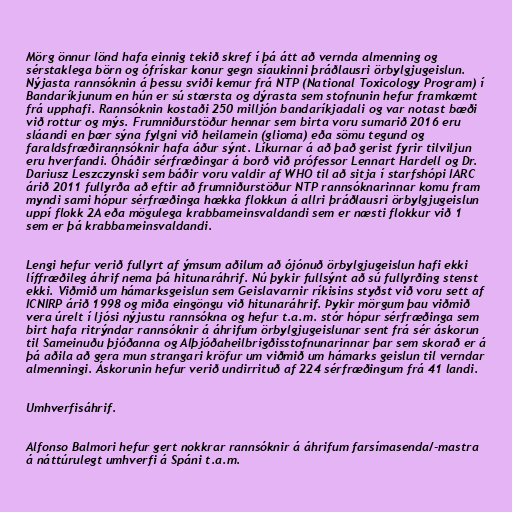
Mörg önnur lönd hafa einnig tekið skref í þá átt að vernda almenning og
sérstaklega börn og ófrískar konur gegn síaukinni þráðlausri örbylgjugeislun.
Nýjasta rannsóknin á þessu sviði kemur frá NTP (National Toxicology Program) í
Bandaríkjunum en hún er sú stærsta og dýrasta sem stofnunin hefur framkæmt
frá upphafi. Rannsóknin kostaði 250 milljón bandaríkjadali og var notast bæði
við rottur og mýs. Frumniðurstöður hennar sem birta voru sumarið 2016 eru
sláandi en þær sýna fylgni við heilamein (glioma) eða sömu tegund og
faraldsfræðirannsóknir hafa áður sýnt. Líkurnar á að það gerist fyrir tilviljun
eru hverfandi. Óháðir sérfræðingar á borð við prófessor Lennart Hardell og Dr.
Dariusz Leszczynski sem báðir voru valdir af WHO til að sitja í starfshópi IARC
árið 2011 fullyrða að eftir að frumniðurstöður NTP rannsóknarinnar komu fram
myndi sami hópur sérfræðinga hækka flokkun á allri þráðlausri örbylgjugeislun
uppí flokk 2A eða mögulega krabbameinsvaldandi sem er næsti flokkur við 1
sem er þá krabbameinsvaldandi.

Lengi hefur verið fullyrt af ýmsum aðilum að ójónuð örbylgjugeislun hafi ekki
líffræðileg áhrif nema þá hitunaráhrif. Nú þykir fullsýnt að sú fullyrðing stenst
ekki. Viðmið um hámarksgeislun sem Geislavarnir ríkisins styðst við voru sett af
ICNIRP árið 1998 og miða eingöngu við hitunaráhrif. Þykir mörgum þau viðmið
vera úrelt í ljósi nýjustu rannsókna og hefur t.a.m. stór hópur sérfræðinga sem
birt hafa ritrýndar rannsóknir á áhrifum örbylgjugeislunar sent frá sér áskorun
til Sameinuðu þjóðanna og Alþjóðaheilbrigðisstofnunarinnar þar sem skorað er á
þá aðila að gera mun strangari kröfur um viðmið um hámarks geislun til verndar
almenningi. Áskorunin hefur verið undirrituð af 224 sérfræðingum frá 41 landi.

Umhverfisáhrif.

Alfonso Balmori hefur gert nokkrar rannsóknir á áhrifum farsímasenda/-mastra
á náttúrulegt umhverfi á Spáni t.a.m.